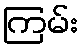
ကြမ်း